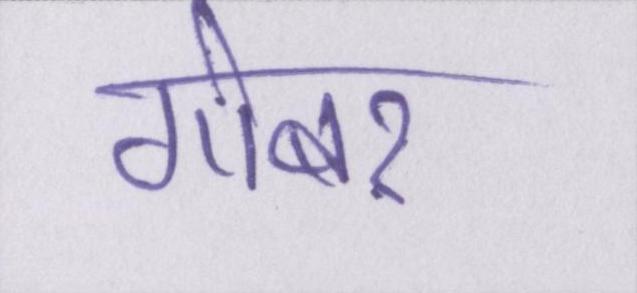
गोबर